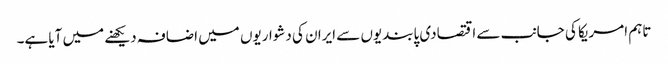
تاہم امریکا کی جانب سے اقتصادی پابندیوں سے ایران کی دشواریوں میں اضافہ دیکھنے میں آیا ہے۔